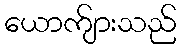
ယောက်ျားသည်